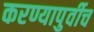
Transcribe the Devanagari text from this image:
करण्यापुर्वीच